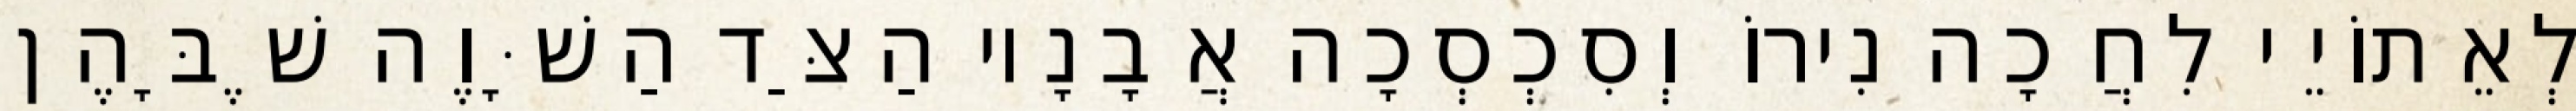
לְאֵתוֹיֵי לִחֲכָה נִירוֹ וְסִכְסְכָה אֲבָנָיו הַצַּד הַשָּׁוֶה שֶׁבָּהֶן